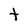
Character: t